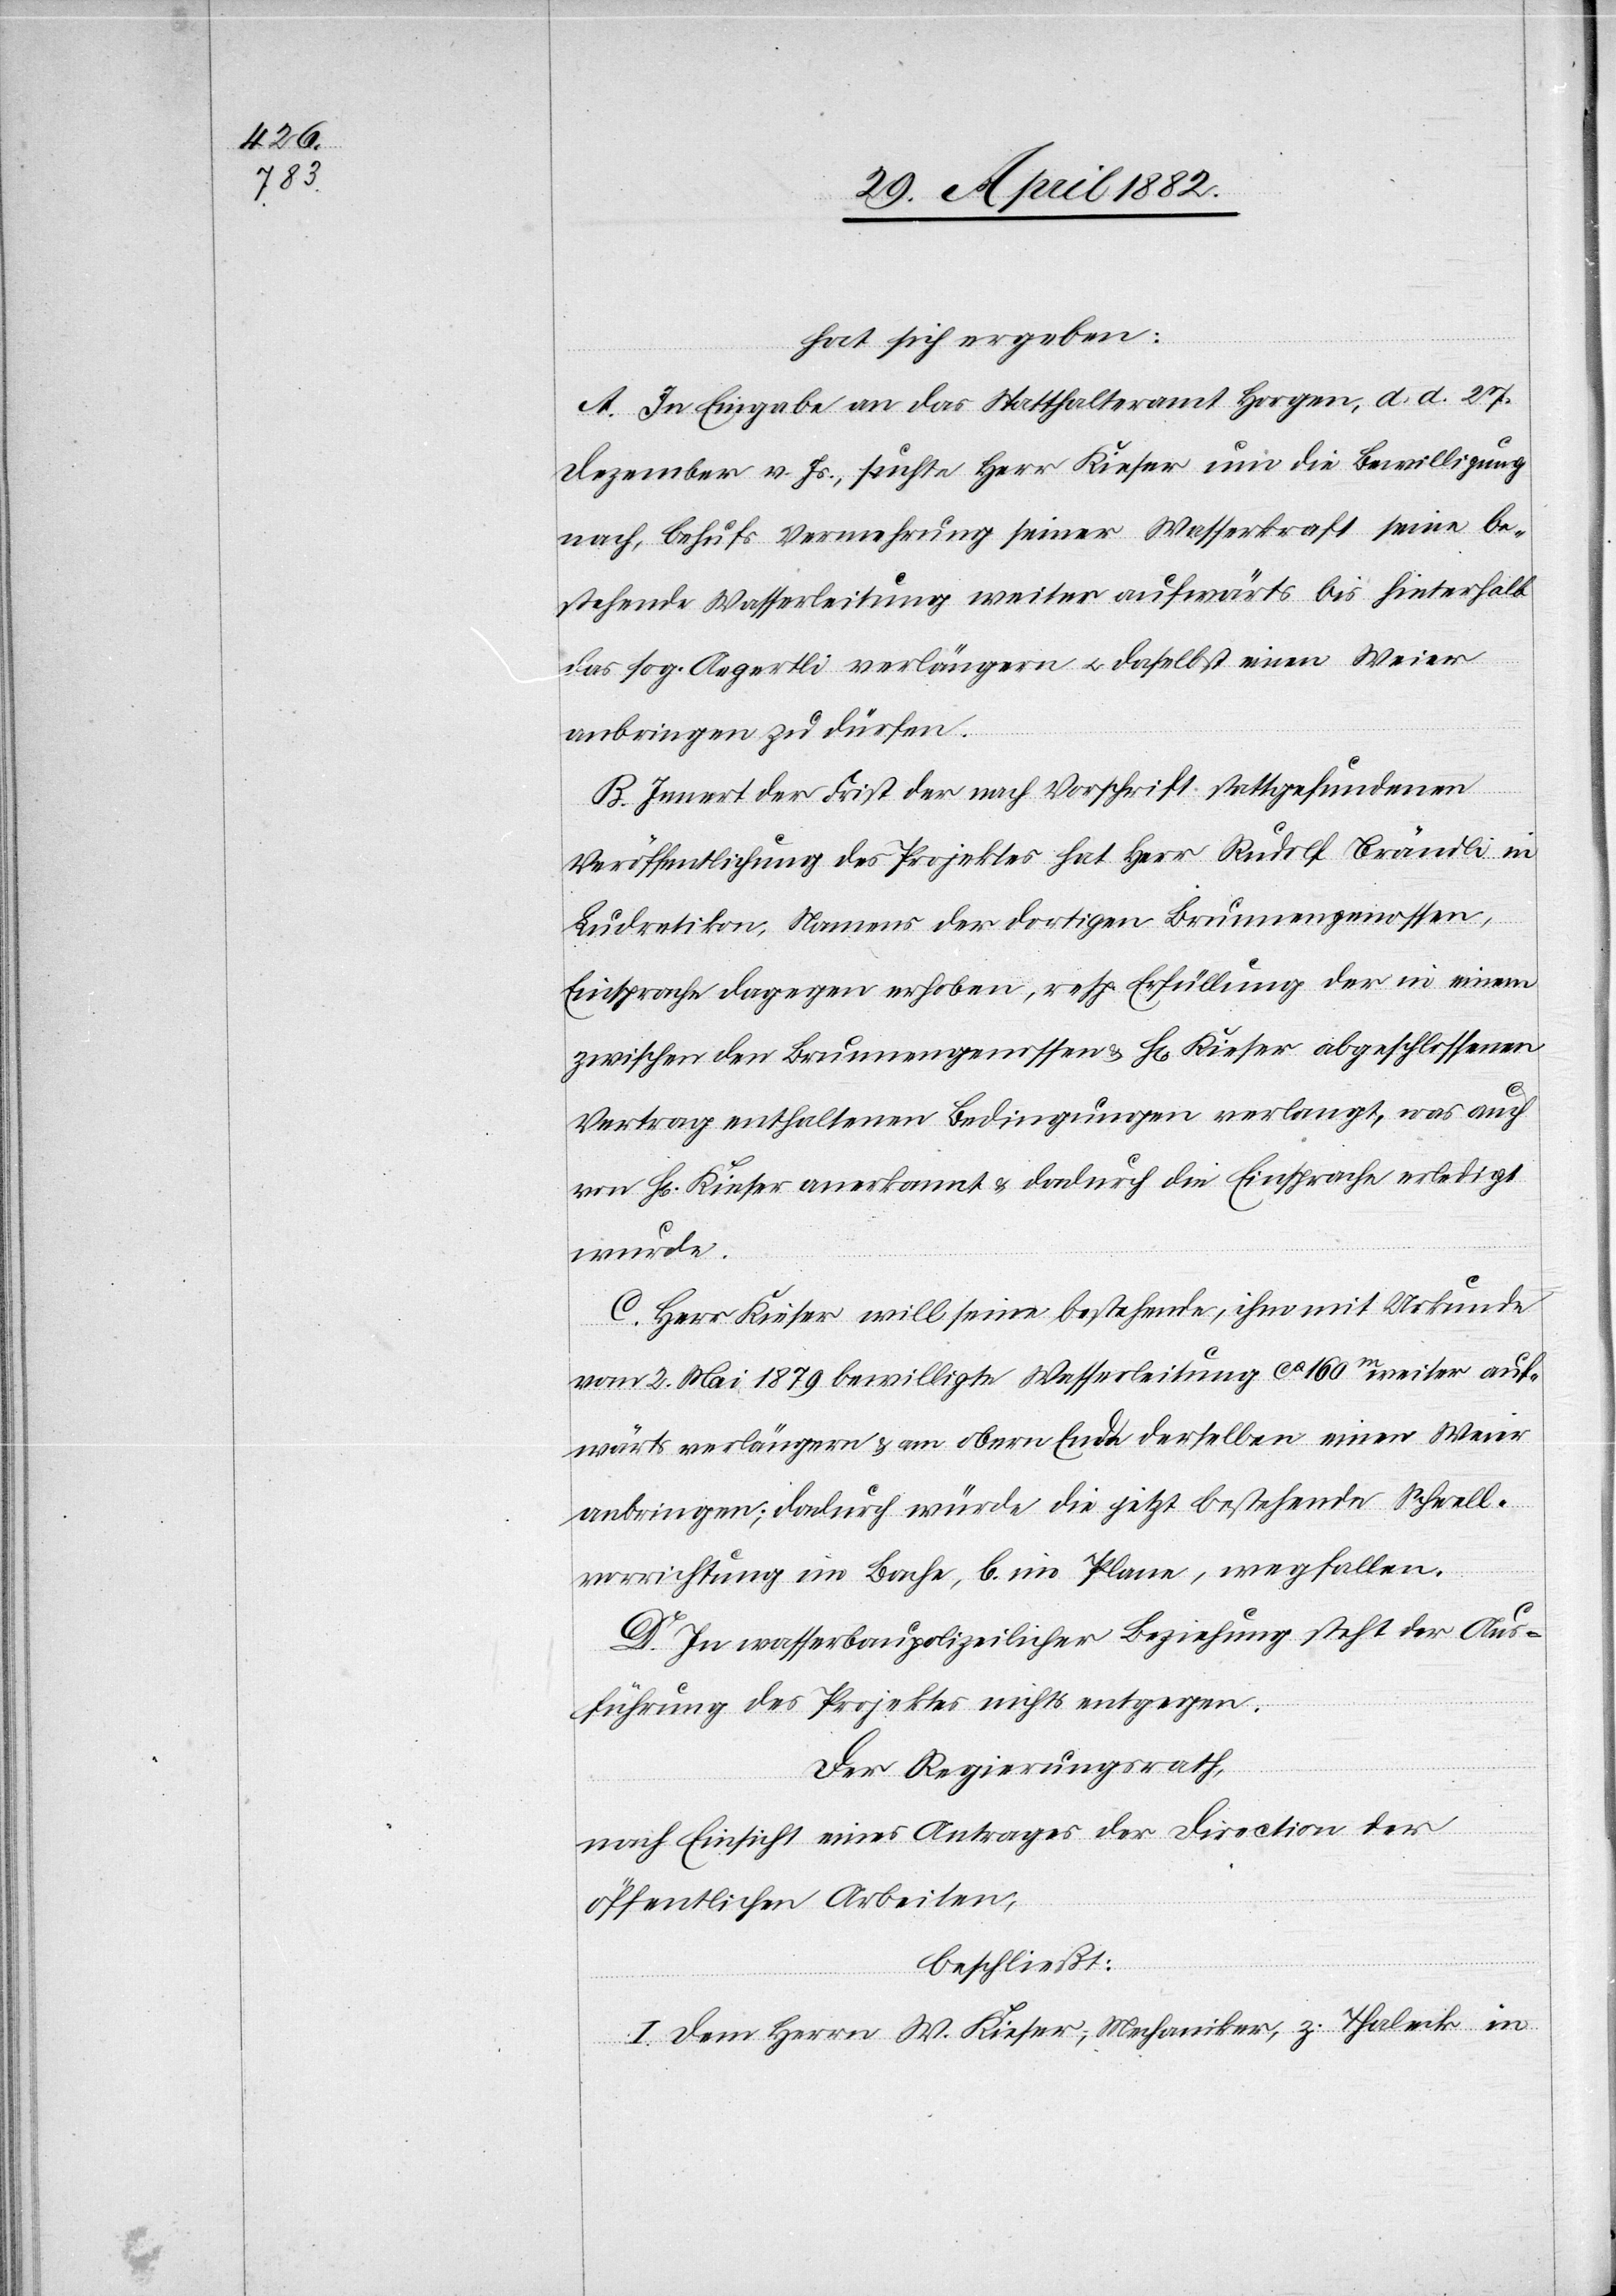
hat sich ergeben:
A. In Eingabe an das Statthalteramt Horgen, d. d. 27.
Dezember v. Js., suchte Herr Kieser um die Bewilligung
nach, behufs Vermehrung seiner Wasserkraft seine be¬
stehende Wasserleitung weiter aufwärts bis hinterhalb
das sog. Aegertli verlängern u. daselbst einen Weier
anbringen zu dürfen.
B. Innert der Frist der nach Vorschrift stattgefundenen
Veröffentlichung des Projektes hat Herr Rudolf Brändli in
Ludretikon, Namens der dortigen Brunnengenossen,
Einsprache dagegen erhoben, resp. Erfüllung der in einem
zwischen den Brunnengenossen & Hr. Kieser abgeschlossenen
Vertrag enthaltenen Bedingungen verlangt, was auch
von Hr. Kieser anerkannt & dadurch die Einsprache erledigt
wurde.
C. Herr Kieser will seine bestehende, ihm mit Urkunde
vom 2. Mai 1879 bewilligte Wasserleitung ca 160m weiter auf¬
wärts verlängern & am obern Ende derselben einen Weier
anbringen; dadurch würde die jetzt bestehende Schwell¬
vorrichtung im Bache, b. im Plane, wegfallen.
D. In wasserbaupolizeilicher Beziehung steht der Aus¬
führung des Projektes nichts entgegen.
Der Regierungsrath,
nach Einsicht eines Antrages der Direction der
öffentlichen Arbeiten,
beschließt:
I. Dem Herrn W. Kieser, Mechaniker, z. Thaleck in